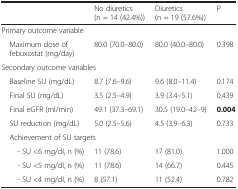
<table><thead><tr><td></td><td><b>No diuretics(n = 14 (42.4%))</b></td><td><b>Diuretics(n = 19 (57.6%))</b></td><td><b>P</b></td></tr></thead><tbody><tr><td colspan="4">Primary outcome variable</td></tr><tr><td> Maximum dose of febuxostat (mg/day)</td><td>80.0 (70.0–80.0)</td><td>80.0 (40.0–80.0)</td><td>0.398</td></tr><tr><td colspan="4">Secondary outcome variables</td></tr><tr><td> Baseline SU (mg/dL)</td><td>8.7 (7.6–9.6)</td><td>9.6 (8.0–11.4)</td><td>0.174</td></tr><tr><td> Final SU (mg/dL)</td><td>3.5 (2.5–4.9)</td><td>3.9 (3.4–5.1)</td><td>0.439</td></tr><tr><td> Final eGFR (ml/min)</td><td>49.1 (37.3–69.1)</td><td>30.5 (19.0–42–9)</td><td><b>0.004</b></td></tr><tr><td> SU reduction (mg/dL)</td><td>5.0 (2.5–5.6)</td><td>4.5 (3.9–6.3)</td><td>0.733</td></tr><tr><td colspan="4"> Achievement of SU targets</td></tr><tr><td>- SU &lt;6 mg/dl, n (%)</td><td>11 (78.6)</td><td>17 (81.0)</td><td>1.000</td></tr><tr><td>- SU &lt;5 mg/dl, n (%)</td><td>11 (78.6)</td><td>14 (66.7)</td><td>0.445</td></tr><tr><td>- SU &lt;4 mg/dl, n (%)</td><td>8 (57.1)</td><td>11 (52.4)</td><td>0.782</td></tr></tbody></table>